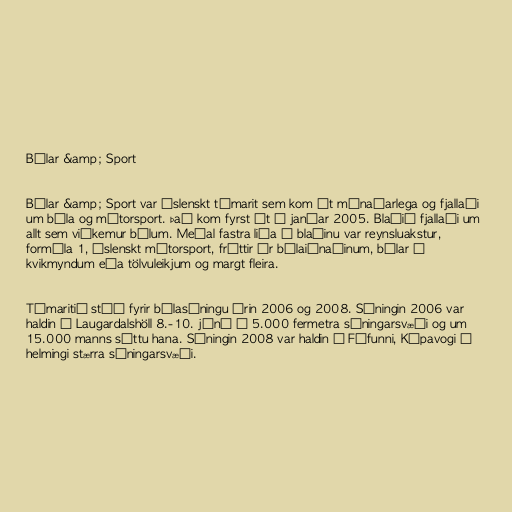
Bílar &amp; Sport

Bílar &amp; Sport var íslenskt tímarit sem kom út mánaðarlega og fjallaði
um bíla og mótorsport. Það kom fyrst út í janúar 2005. Blaðið fjallaði um
allt sem viðkemur bílum. Meðal fastra liða í blaðinu var reynsluakstur,
formúla 1, íslenskt mótorsport, fréttir úr bílaiðnaðinum, bílar í
kvikmyndum eða tölvuleikjum og margt fleira.

Tímaritið stóð fyrir bílasýningu árin 2006 og 2008. Sýningin 2006 var
haldin í Laugardalshöll 8.-10. júní á 5.000 fermetra sýningarsvæði og um
15.000 manns sóttu hana. Sýningin 2008 var haldin í Fífunni, Kópavogi á
helmingi stærra sýningarsvæði.